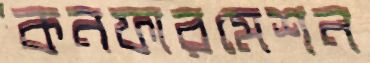
কনফারমেশন